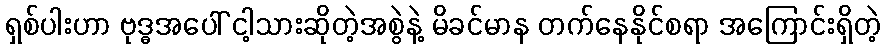
ရှစ်ပါးဟာ ဗုဒ္ဓအပေါ် ငါ့သားဆိုတဲ့အစွဲနဲ့ မိခင်မာန တက်နေနိုင်စရာ အကြောင်းရှိတဲ့